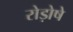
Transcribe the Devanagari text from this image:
रोड़ोषे